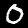
Digit: 0